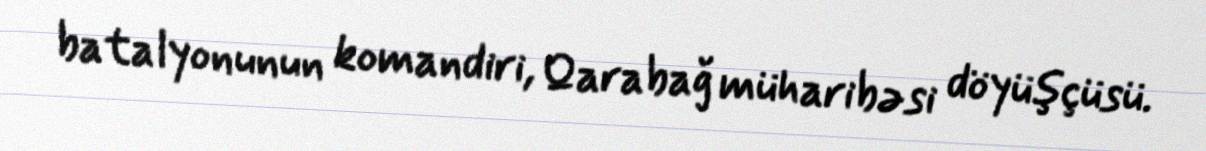
batalyonunun komandiri, Qarabağ müharibəsi döyüşçüsü.